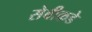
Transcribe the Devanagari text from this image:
सेबीकडे